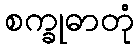
စက္ခုဓာတုံ